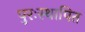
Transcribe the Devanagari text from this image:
पुरःस्थापित